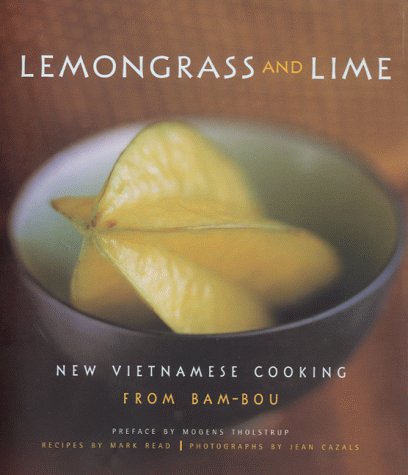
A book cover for Lemongrass and Lime: New Vietnamese Cooking from Bam-bou; Mogens Tholstrup; Cookbooks, Food & Wine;